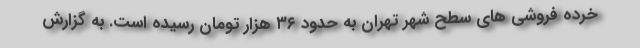
خرده فروشی های سطح شهر تهران به حدود ۳۶ هزار تومان رسیده است. به گزارش